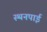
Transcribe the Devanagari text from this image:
स्थनपाई